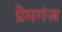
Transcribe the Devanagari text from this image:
प्रेमगंज